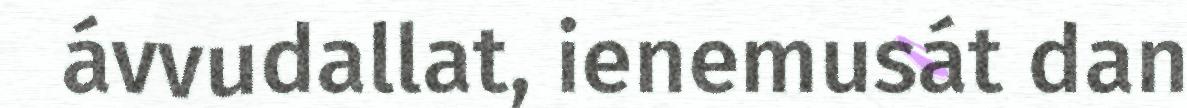
ávvudallat, ienemusát dan